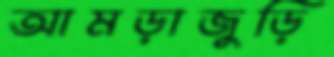
আমড়াজুড়ি